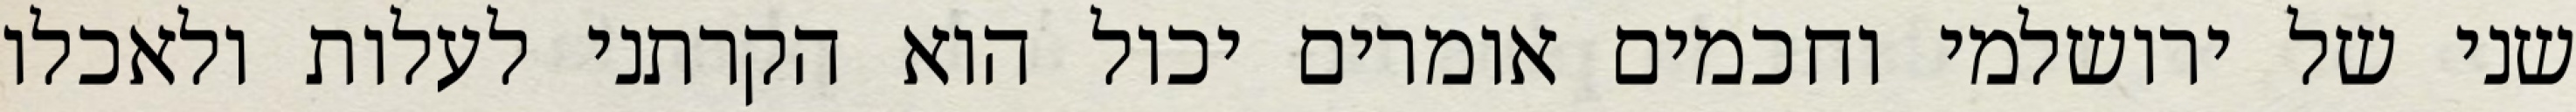
שני של ירושלמי וחכמים אומרים יכול הוא הקרתני לעלות ולאכלו